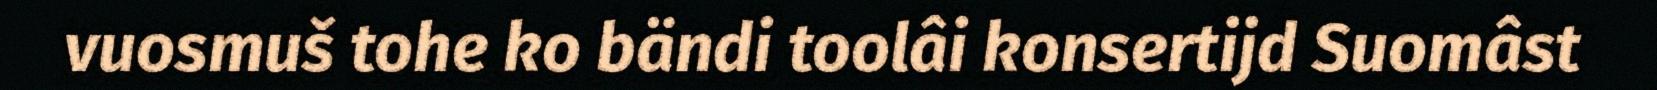
vuosmuš tohe ko bändi toolâi konsertijd Suomâst